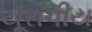
યૂરોપીય